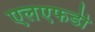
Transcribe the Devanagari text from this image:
एलएफडी